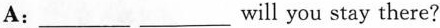
A:___ ___will you stay there?